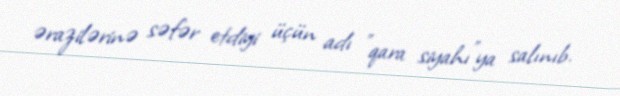
ərazilərinə səfər etdiyi üçün adı ”qara siyahı"ya salınıb.